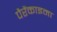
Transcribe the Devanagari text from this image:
पैरेंकाइमा